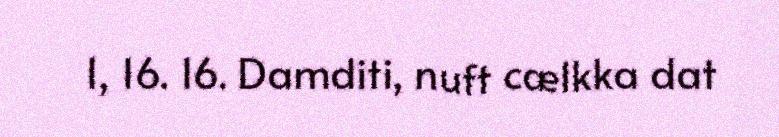
1, 16. 16. Damditi, nuft cælkka dat